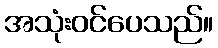
အသုံးဝင်ပေသည်။